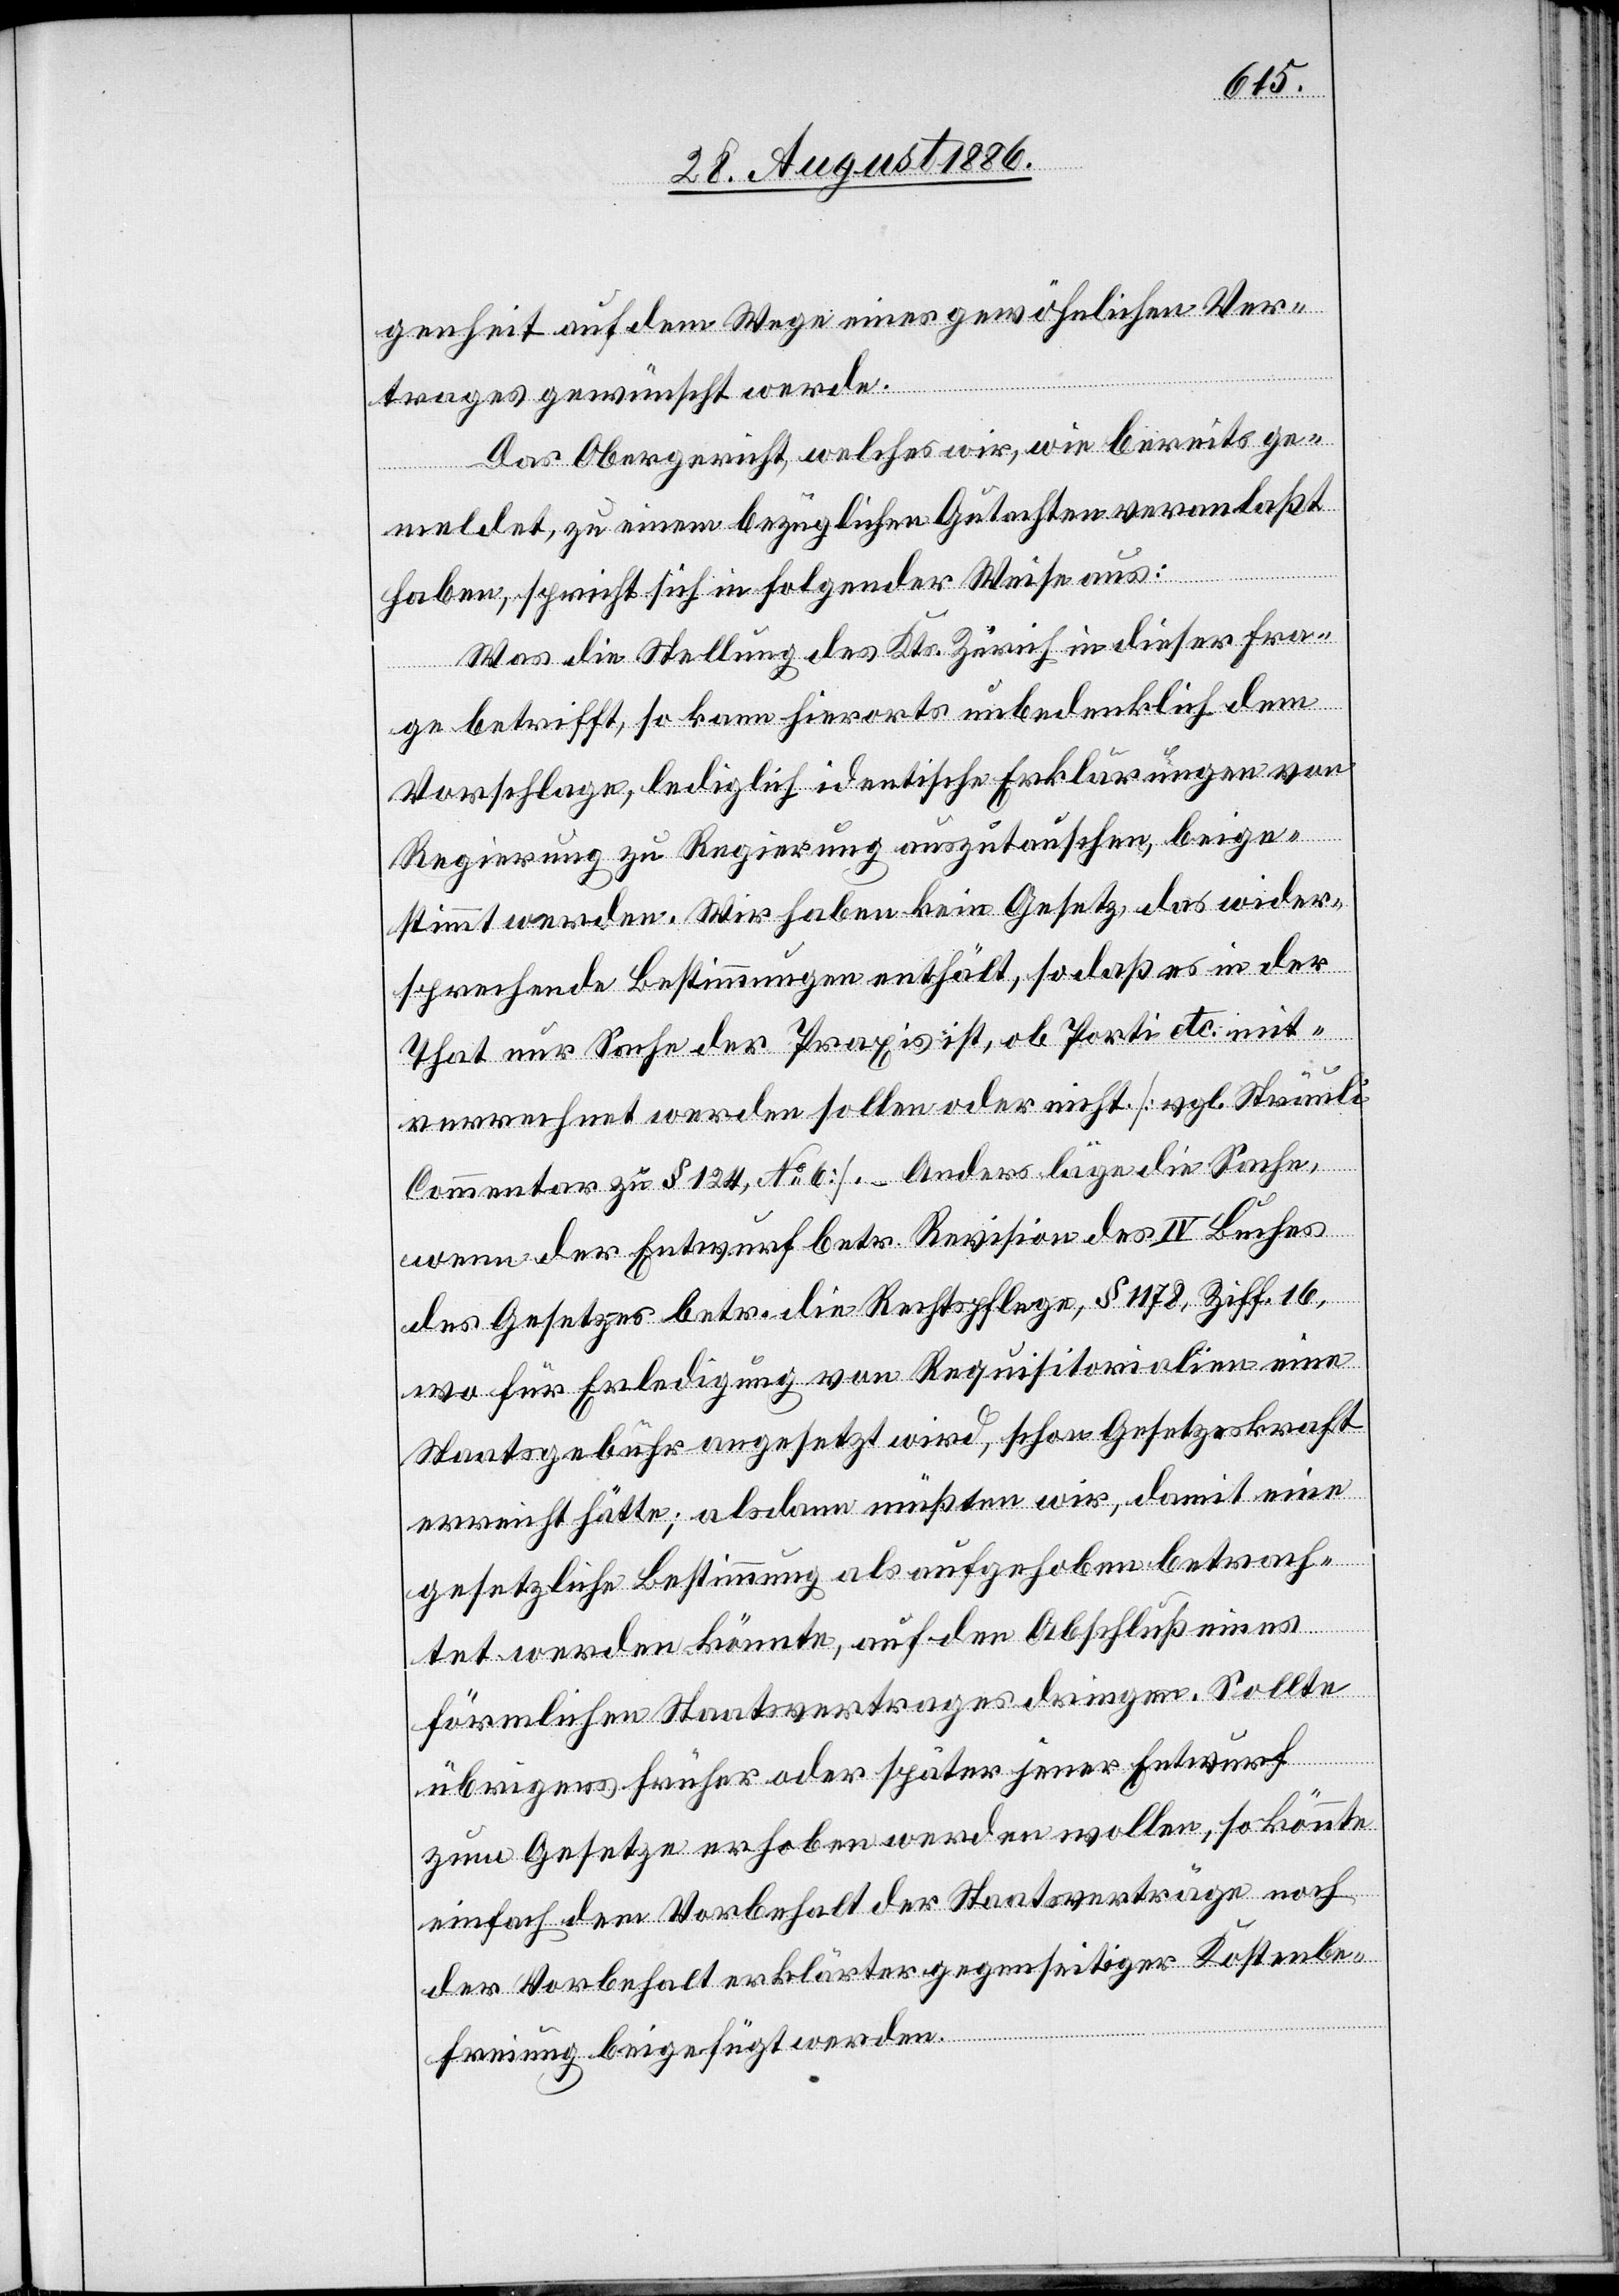
genheit auf dem Wege eines gewöhnlichen Ver¬
trages gewünscht werde.
Das Obergericht, welches wir, wie bereits ge¬
meldet, zu einem bezüglichen Gutachten veranlaßt
haben, spricht sich in folgender Weise aus:
Was die Stellung des Kts. Zürich in dieser Fra¬
ge betrifft, so kann hierorts unbedenklich dem
Vorschlage, lediglich identische Erklärungen von
Regierung zu Regierung auszutauschen, beige¬
stimmt werden. Wir haben kein Gesetz, das wider¬
sprechende Bestimmungen enthält, so daß es in der
That nur Sache der Praxis ist, ob Porti etc. mit¬
verrechnet werden sollen oder nicht [vgl. Sträuli
Commentar zu § 124, No 6]. – Anders läge die Sache,
wenn der Entwurf betr. Revision des IV Buches
des Gesetzes betr. die Rechtspflege, § 1178, Ziff. 16,
wo für Erledigung von Requisitorialien eine
Staatsgebühr angesetzt wird, schon Gesetzeskraft
erreicht hätte; alsdann müßten wir, damit eine
gesetzliche Bestimmung als aufgehoben betrach¬
tet werden könnte, auf den Abschluß eines
förmlichen Staatsvertrages dringen. Sollte
übrigens früher oder später jener Entwurf
zum Gesetze erhoben werden wollen, so könnte
einfach dem Vorbehalt der Staatsverträge noch
der Vorbehalt erklärter gegenseitiger Kostenbe¬
freiung beigefügt werden.